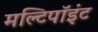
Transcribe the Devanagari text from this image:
मल्टिपॉइंट